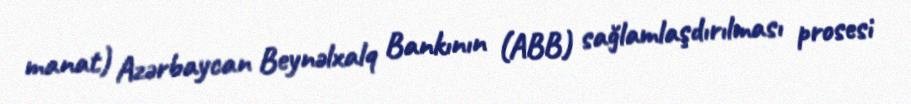
manat) Azərbaycan Beynəlxalq Bankının (ABB) sağlamlaşdırılması prosesi